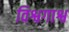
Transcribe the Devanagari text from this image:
विश्वगाश्व